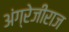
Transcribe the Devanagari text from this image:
अंग्रेजीराज